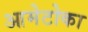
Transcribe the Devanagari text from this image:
आमेटोका